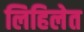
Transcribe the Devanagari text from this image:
लिहिलेत